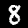
Digit: 8